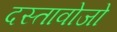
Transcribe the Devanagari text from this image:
दस्तावोजो